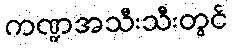
ကဏ္ဍအသီးသီးတွင်